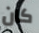
كان